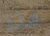
هذه